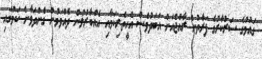
ގައުމުގެ ސަރުކާރުގެ ފަރާތުން ރާއްޖެއަށް އަބަދުވެސް އެހީތެރިކަމާއި އެއްބާރުލުން ދެއްވަމުން ގެންދަވާނެ ކަމުގައި